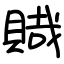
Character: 賳